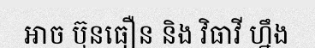
អាច ប៊ុនធឿន និង វិធាវី ហ្នឹង